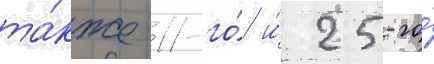
та́кже 11-го́ и́ 25-го́